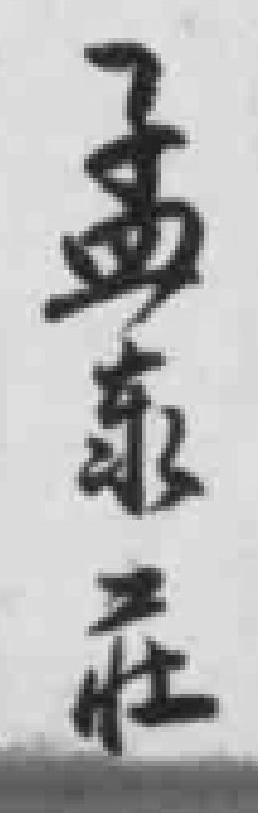
孟东莊